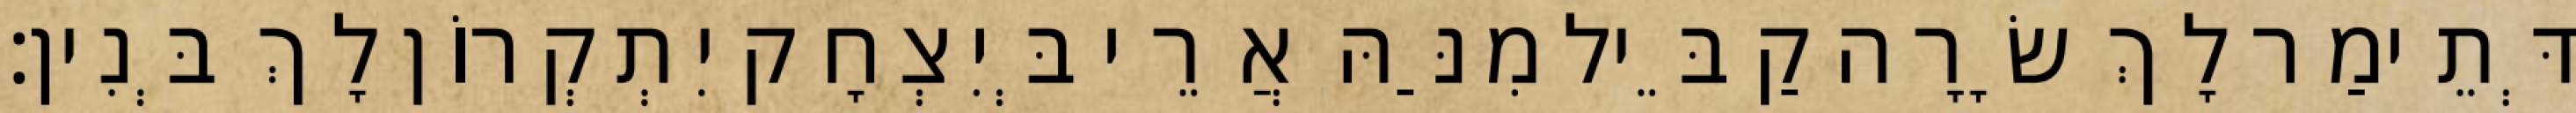
דְּתֵימַר לָךְ שָׂרָה קַבֵּיל מִנַּהּ אֲרֵי בְּיִצְחָק יִתְקְרוֹן לָךְ בְּנִין׃